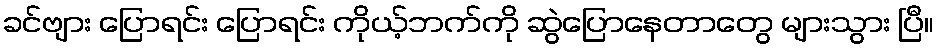
ခင်ဗျား ပြောရင်း ပြောရင်း ကိုယ့်ဘက်ကို ဆွဲပြောနေတာတွေ များသွား ပြီ။